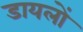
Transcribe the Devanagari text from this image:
डायलों